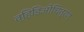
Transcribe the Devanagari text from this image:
व्हिडिओचित्रण